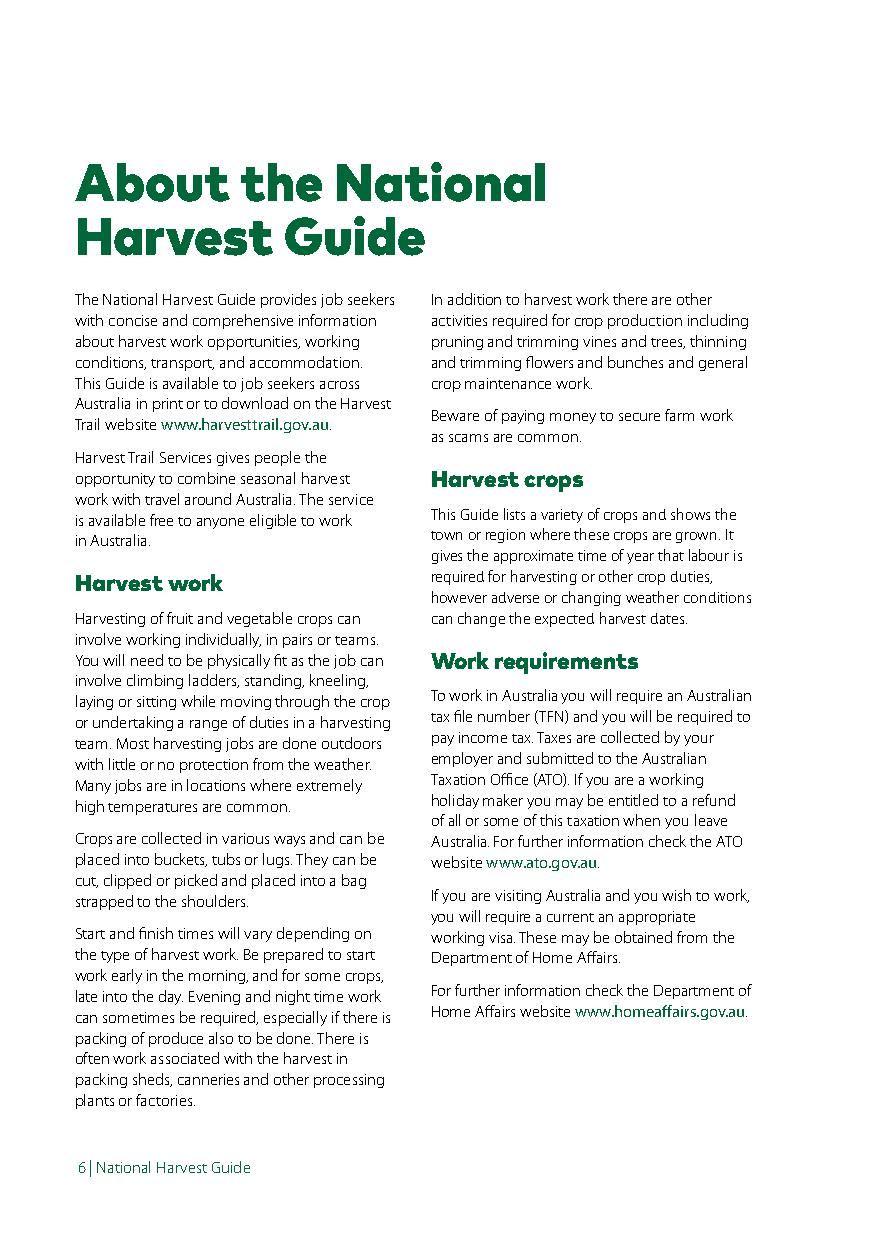
About      the   National
 Harvest       Guide
 The National Harvest Guide provides job seekers In addition to harvest work there are other
 with concise and comprehensive information activities required for crop production including
 about harvest work opportunities, working pruning and trimming vines and trees, thinning
 conditions, transport, and accommodation. and trimming flowers and bunches and general
 This Guide is available to job seekers across crop maintenance work.
 Australia in print or to download on the Harvest
 Beware of paying money to secure farm work
 Trail website www.harvesttrail.gov.au.
 as scams are common.
 Harvest Trail Services gives people the
 opportunity to combine seasonal harvest Harvest crops
 work with travel around Australia. The service
 is available free to anyone eligible to work This Guide lists a variety of crops and shows the
 in Australia.           town or region where these crops are grown. It
 gives the approximate time of year that labour is
 Harvest work            required for harvesting or other crop duties,
 however adverse or changing weather conditions
 Harvesting of fruit and vegetable crops can can change the expected harvest dates.
 involve working individually, in pairs or teams.
 You will need to be physically fit as the job can Work requirements
 involve climbing ladders, standing, kneeling,
 laying or sitting while moving through the crop To work in Australia you will require an Australian
 or undertaking a range of duties in a harvesting tax file number (TFN) and you will be required to
 team. Most harvesting jobs are done outdoors pay income tax. Taxes are collected by your
 with little or no protection from the weather. employer and submitted to the Australian
 Many jobs are in locations where extremely Taxation Office (ATO). If you are a working
 high temperatures are common. holiday maker you may be entitled to a refund
 of all or some of this taxation when you leave
 Crops are collected in various ways and can be Australia. For further information check the ATO
 placed into buckets, tubs or lugs. They can be website www.ato.gov.au.
 cut, clipped or picked and placed into a bag
 strapped to the shoulders. If you are visiting Australia and you wish to work,
 you will require a current an appropriate
 Start and finish times will vary depending on working visa. These may be obtained from the
 the type of harvest work. Be prepared to start Department of Home Affairs.
 work early in the morning, and for some crops,
 late into the day. Evening and night time work For further information check the Department of
 can sometimes be required, especially if there is Home Affairs website www.homeaffairs.gov.au.
 packing of produce also to be done. There is
 often work associated with the harvest in
 packing sheds, canneries and other processing
 plants or factories.
 6 | National Harvest Guide